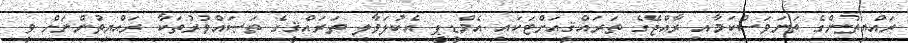
ރައްޔިތުންގެ ތަނަވަސްކަމާއި ރާއްޖޭގެ ތަރައްޤީއަށްޓަކައި އެމްޑީޕީ އެކުލަވާލި ތަރައްޤީގެ ތަޞައްވުރުތަކާ ރައްޔިތުންނަށް ވީ